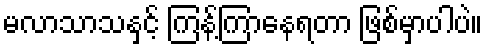
မလာသာသနှင့် ကြန့်ကြာနေရတာ ဖြစ်မှာပါပဲ။